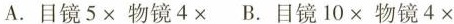
A.目镜5×物镜4× B.目镜10×物镜4×